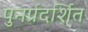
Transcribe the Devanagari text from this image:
पुनर्प्रदर्शित